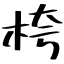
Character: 桍